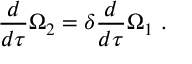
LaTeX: \frac { d } { d \tau } \Omega _ { 2 } = \delta \frac { d } { d \tau } \Omega _ { 1 } \ .